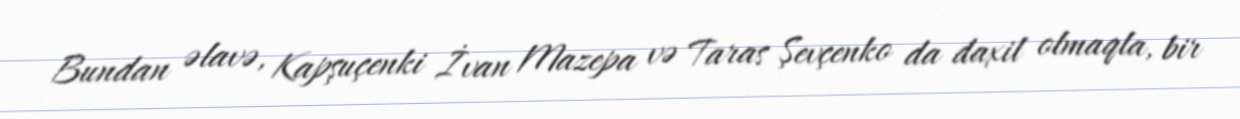
Bundan əlavə, Kapşuçenki İvan Mazepa və Taras Şevçenko da daxil olmaqla, bir